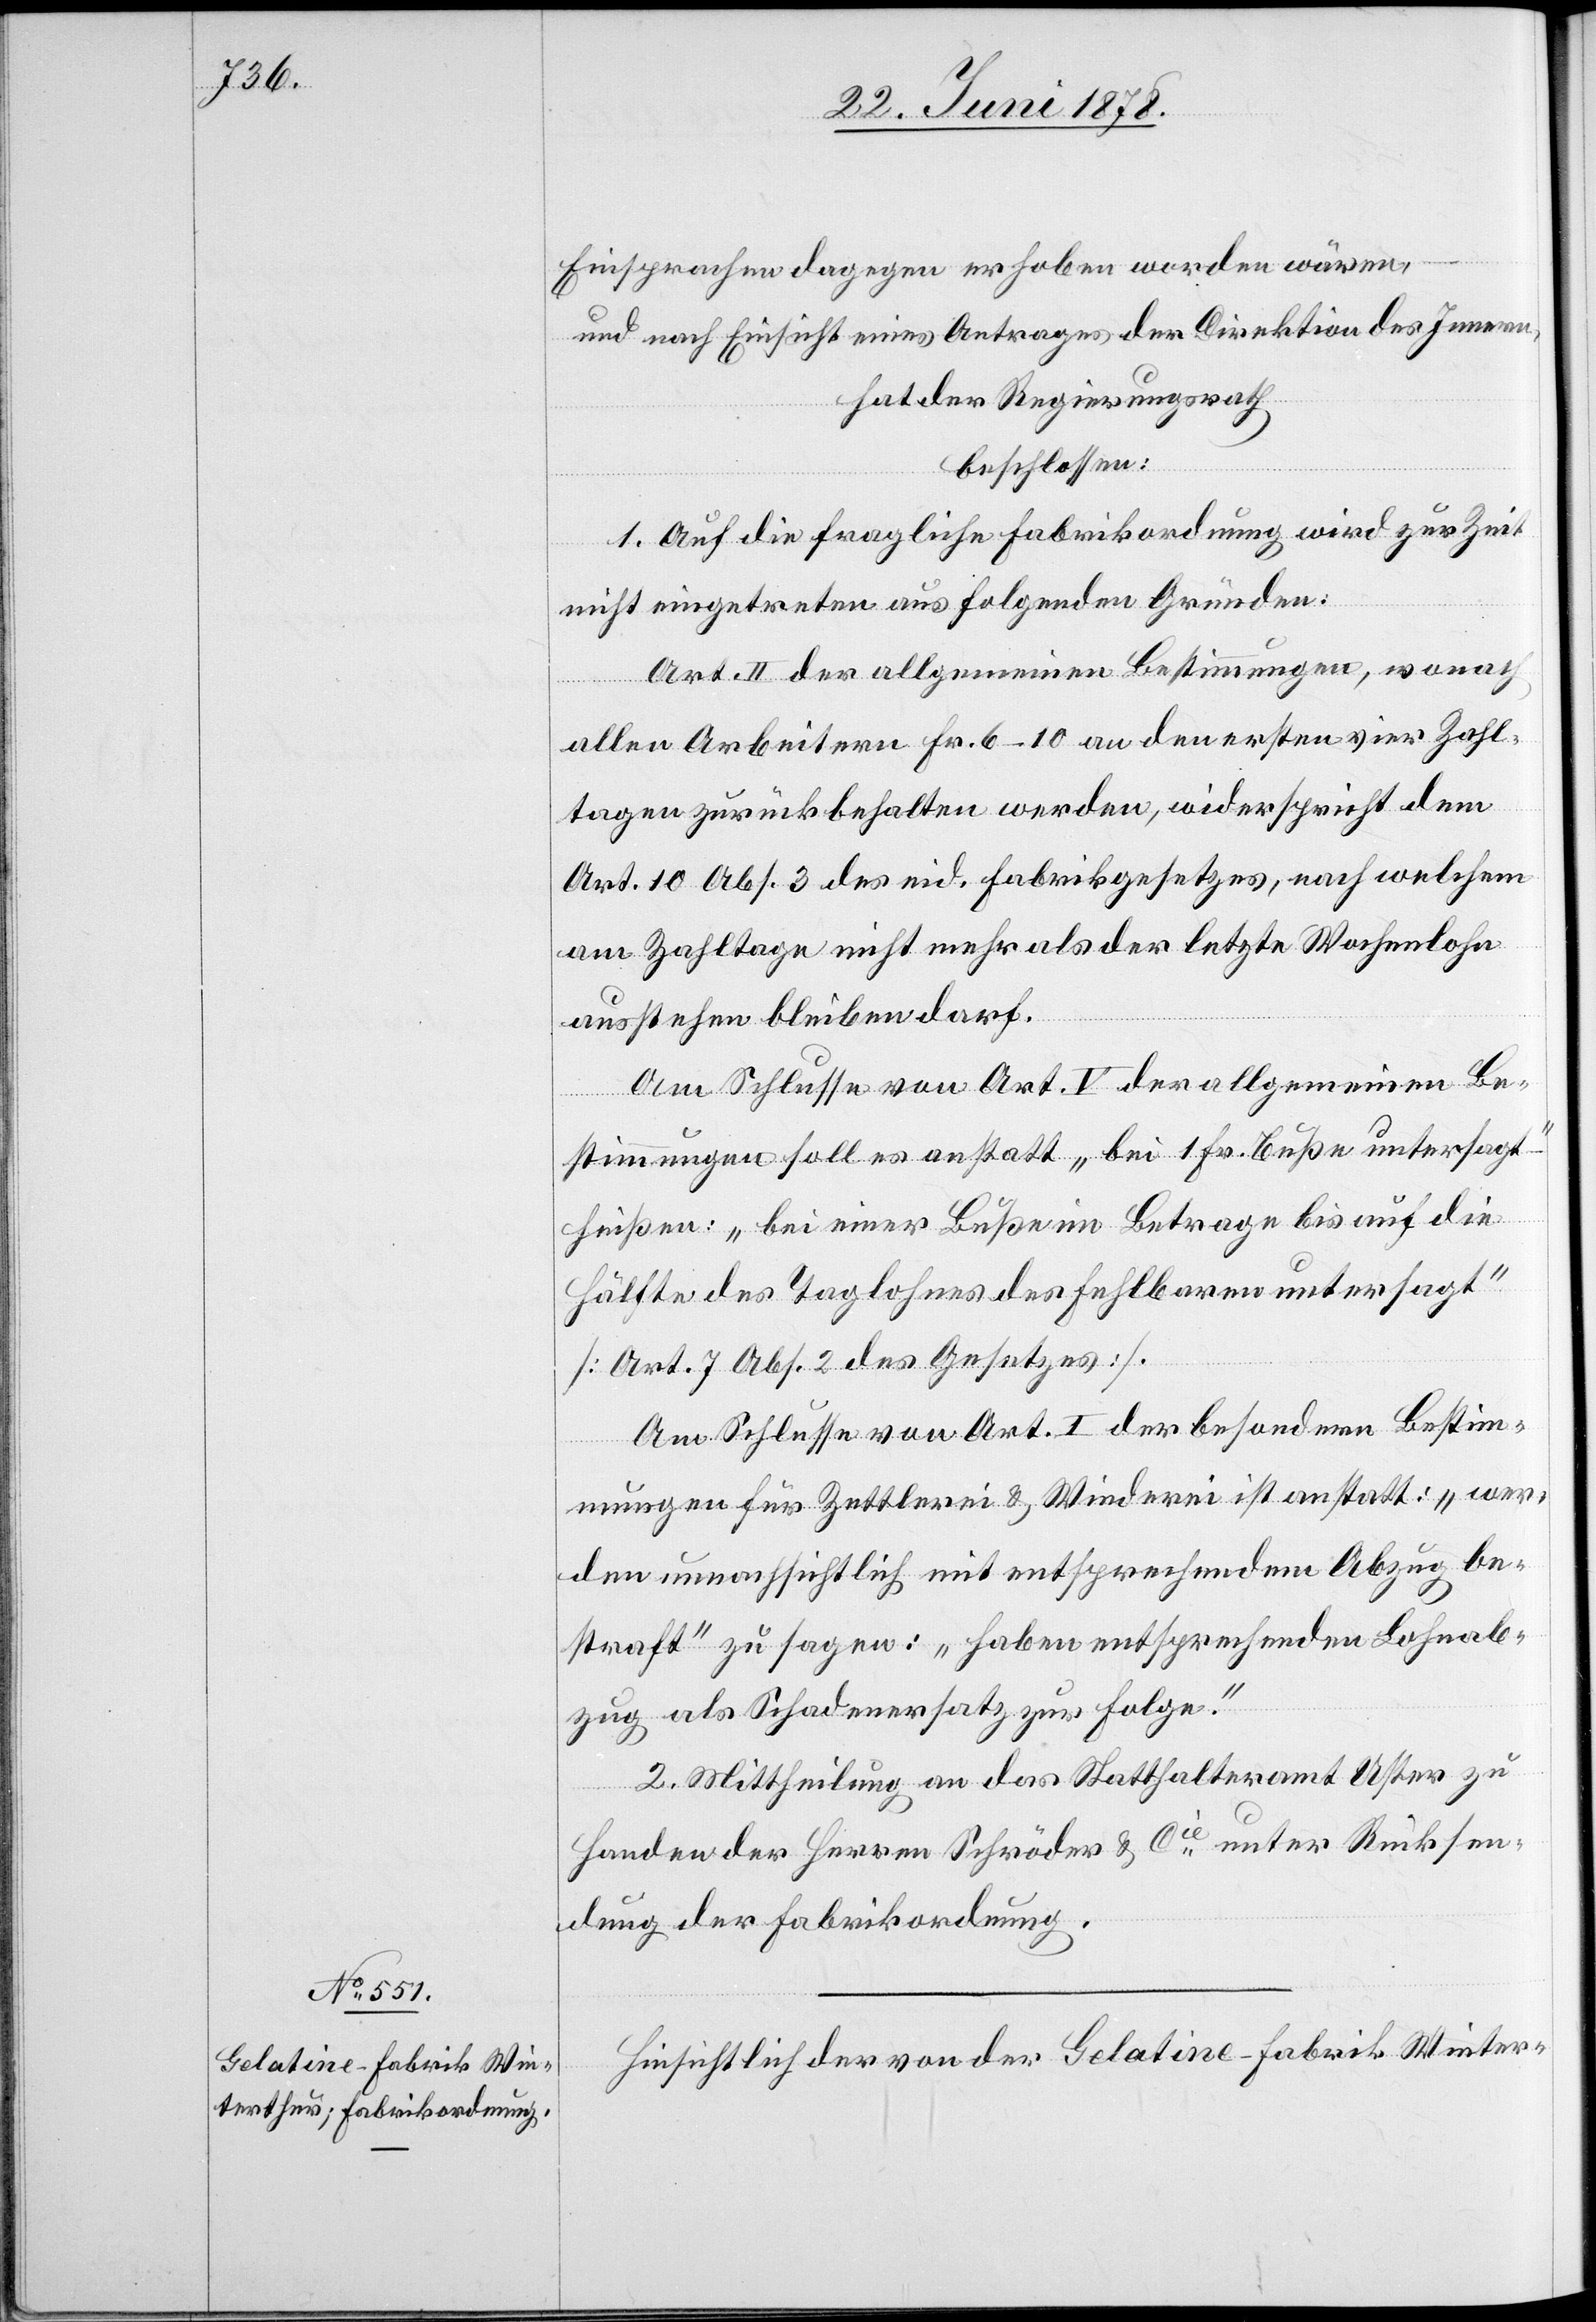
Einsprachen dagegen erhoben worden wären,
und nach Einsicht eines Antrages der Direktion des Innern,
hat der Regierungsrath
beschlossen:
1. Auf die fragliche Fabrikordnung wird zur Zeit
nicht eingetreten aus folgenden Gründen:
Art. II der allgemeinen Bestimmungen, wonach
allen Arbeitern Fr. 6–10 an den ersten vier Zahl¬
tagen zurückbehalten werden, widerspricht dem
Art. 10 Abs. 3 des eid. Fabrikgesetzes, nach welchem
am Zahltage nicht mehr als der letzte Wochenlohn
ausstehen bleiben darf.
Am Schlusse von Art. V der allgemeinen Be¬
stimmungen soll es anstatt „bei 1 Fr. Buße untersagt“
heißen: „bei einer Buße im Betrage bis auf die
Hälfte des Taglohnes des Fehlbaren untersagt“
[Art. 7 Abs. 2 des Gesetzes].
Am Schlusse von Art. I der besondern Bestim¬
mungen für Zettlerei & Winderei ist anstatt: „wer¬
den unnachsichtlich mit entsprechendem Abzug be¬
straft“ zu sagen: „haben entsprechenden Lohnab¬
zug als Schadenersatz zur Folge.“
2. Mittheilung an das Statthalteramt Uster zu
Handen der Herren Schröder & Cie unter Rücksen¬
dung der Fabrikordnung.
Hinsichtlich der von der Gelatine-Fabrik Winter-